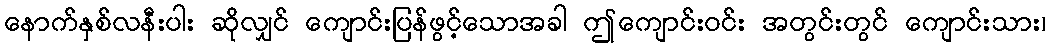
နောက်နှစ်လနီးပါး ဆိုလျှင် ကျောင်းပြန်ဖွင့်သောအခါ ဤကျောင်းဝင်း အတွင်းတွင် ကျောင်းသား၊